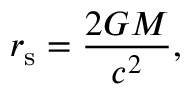
r _ { \mathrm { { s } } } = { \frac { 2 G M } { c ^ { 2 } } } ,